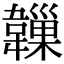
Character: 𩏙